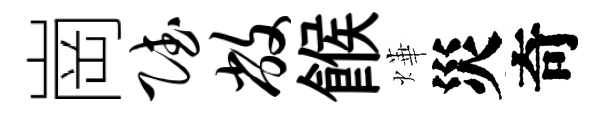
崗赋敝餱燁災奇